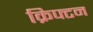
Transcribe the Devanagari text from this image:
क्रिफ्टन